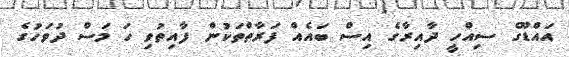
އައްޑޫގެ ސިއްހީ ދާއިރާގެ އިސް ބައެއް ފަރާތްތަކުން ފާއިތުވި ހަ މަސް ދުވަހުގެ